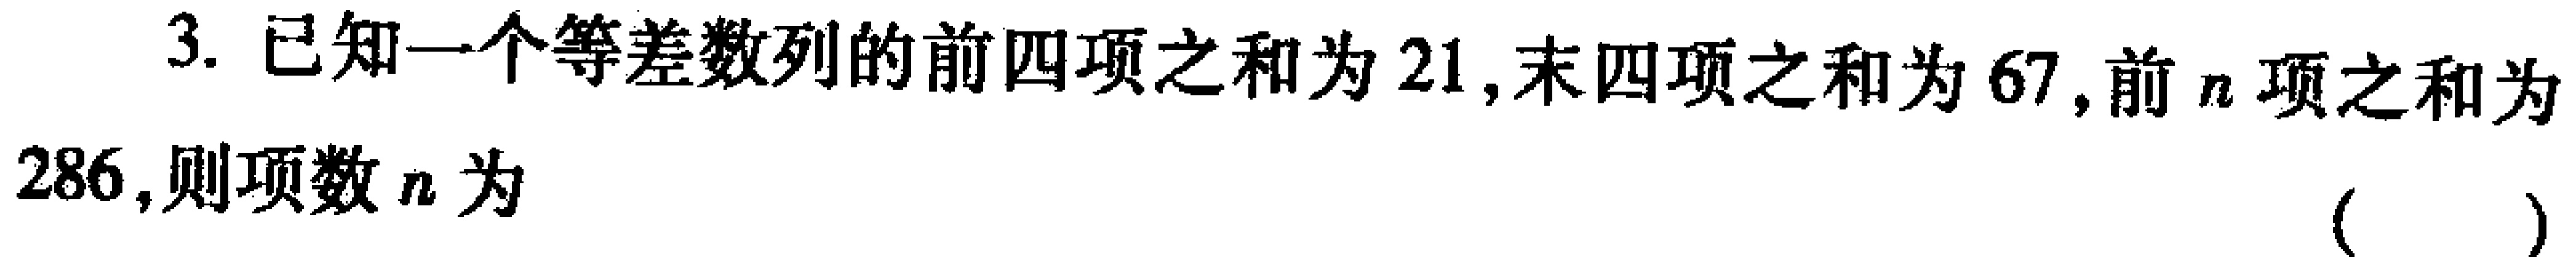
3. 已知一个等差数列的前四项之和为$21$,末四项之和为$67$,前$n$项之和为$286$,则项数$n$为 （  ）